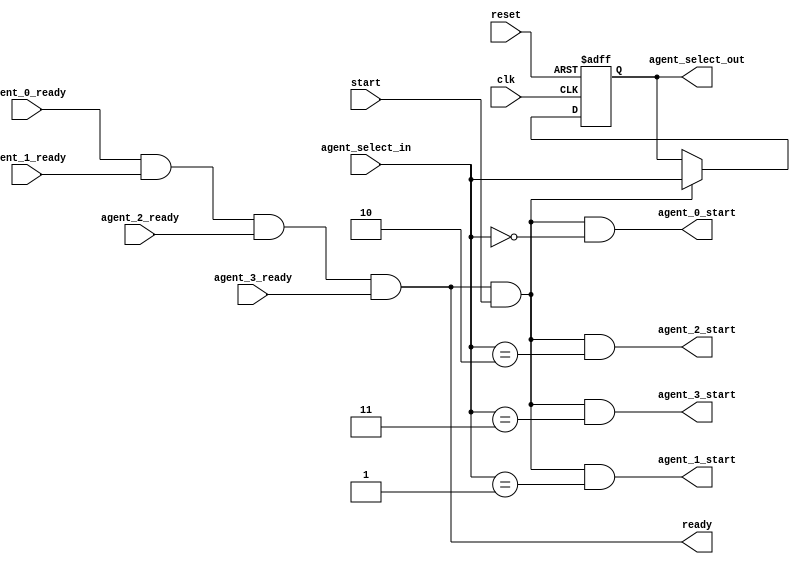

module agent_selector (
    input clk,
    input reset,

    input [1:0] agent_select_in,
    output [1:0] agent_select_out,

    output agent_0_start,
    output agent_1_start,
    output agent_2_start,
    output agent_3_start,

    input agent_0_ready,
    input agent_1_ready,
    input agent_2_ready,
    input agent_3_ready,
    
    input start,
    output ready
);
    reg [1:0] selected_agent;
    wire [1:0] selected_agent_next;
    wire can_start;

    assign ready = agent_0_ready & agent_1_ready & agent_2_ready & agent_3_ready;
    assign can_start = ready & start;
    assign selected_agent_next = can_start ? agent_select_in : selected_agent;

    assign agent_0_start = can_start && agent_select_in == 2'b00;
    assign agent_1_start = can_start && agent_select_in == 2'b01;
    assign agent_2_start = can_start && agent_select_in == 2'b10;
    assign agent_3_start = can_start && agent_select_in == 2'b11;

    assign agent_select_out = selected_agent;

    always @(posedge clk or posedge reset) begin
        if (reset) begin
            selected_agent <= 2'b00;
        end
        else begin
            selected_agent <= selected_agent_next;
        end
    end

endmodule